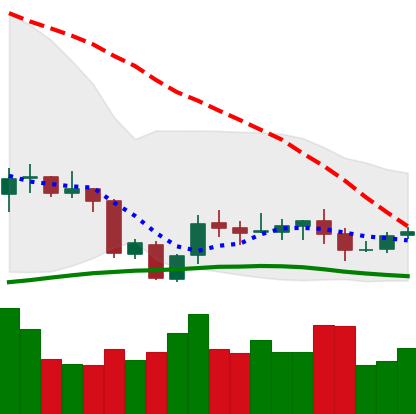
Ticker: XLM-USD
Chart end date: 2020-10-05
Forward return: 5.385%
Label: up_5_7